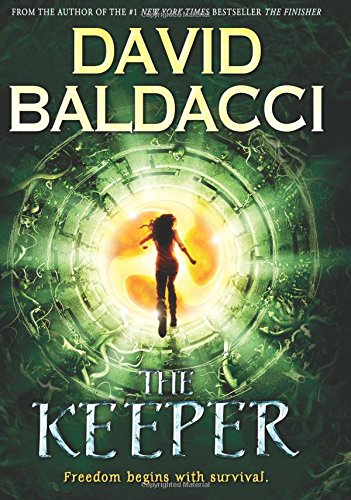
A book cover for The Keeper (Vega Jane, Book 2); David Baldacci; Children's Books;